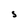
Character: S